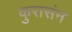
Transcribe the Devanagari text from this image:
कुरासंन